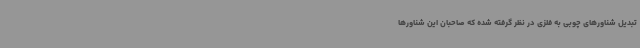
تبدیل شناورهای چوبی به فلزی در نظر گرفته شده که صاحبان این شناورها